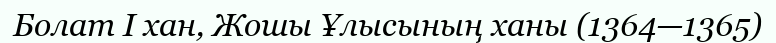
Болат I хан, Жошы Ұлысының ханы (1364—1365)